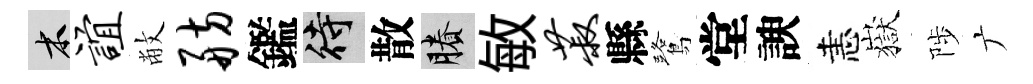
木谊敝舫鑑待散賸敏菽縣鷺堂諛恚嶽陟广